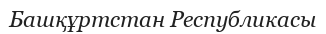
Башқұртстан Республикасы